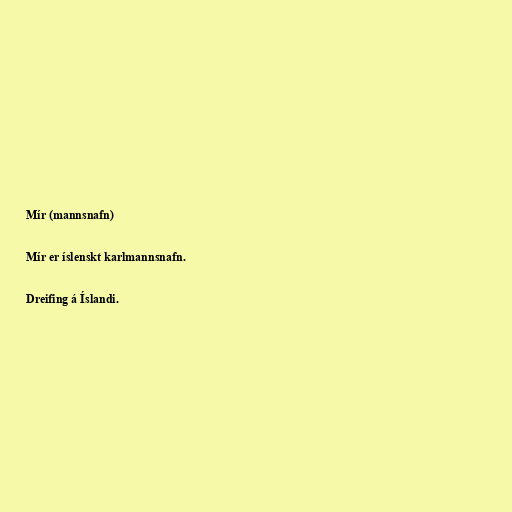
Mír (mannsnafn)

Mír er íslenskt karlmannsnafn.

Dreifing á Íslandi.